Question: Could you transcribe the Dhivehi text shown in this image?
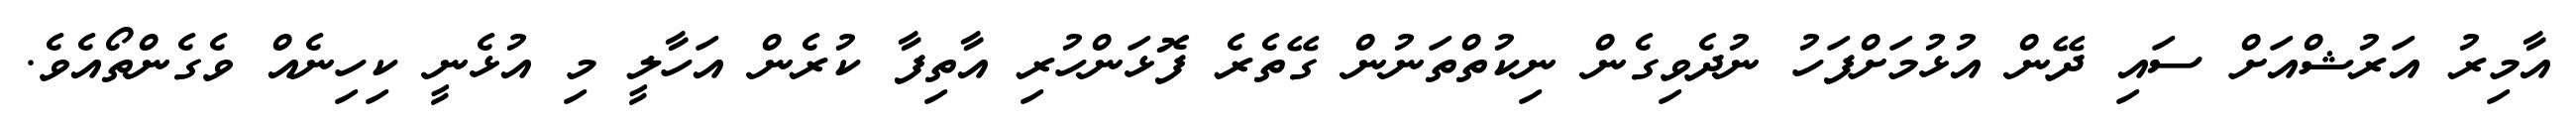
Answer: އާމިރު އަރުޝްއަށް ސައި ދޭން އުޅުމަށްފަހު ނުދެވިގެން ނިކުތްތަނުން ގޭތެރެ ފޮޅަންހުރި އާތިފާ ކުރެން އަހާލީ މި އުޅެނީ ކިހިނެއް ވެގެންތޯއެވެ.